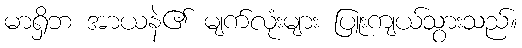
မာရှိဘ အာယနဲ၏ မျက်လုံးများ ပြူးကျယ်သွားသည်။